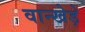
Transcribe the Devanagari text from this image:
वान्खेड़े